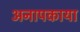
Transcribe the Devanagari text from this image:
अनापकाया